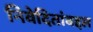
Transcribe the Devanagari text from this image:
निवेदितांबद्दल